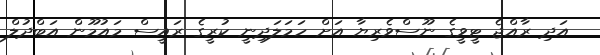
އަދި ރާއްޖެ ޓީވީގެ ނޫސްވެރިޔާ އަށް ހަމަލަދިނީ ކުރީގެ ރައީސް މައުމޫން އަބްދުލް